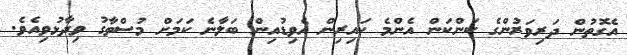
އެގޮތުން ދަރިވަރުންގެ ކަންކަން އެންމެ ކައިރިން އެވިޑުއިން ބަލާނެ ކަމަށް މުސްތާގު ވިދާޅުވިއެވެ.